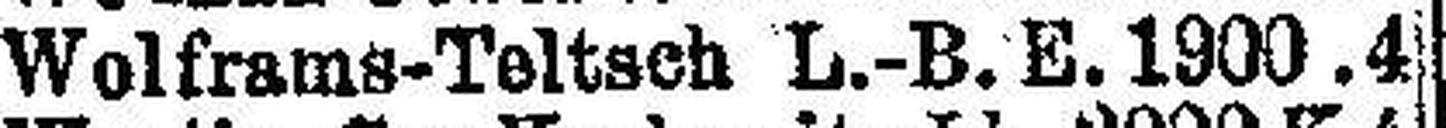
Wolframs-Teltsch L.-B. E. 1900. 4